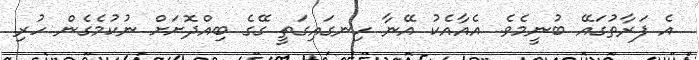
އެ ފަރާތުގައޭ ބުނީމެވެ. އެއާއެކު އޭނާ ހިނގައިގަތީ ގޭގެ ބިއްދޮށަށް ނުކުމެގެން ހުރި